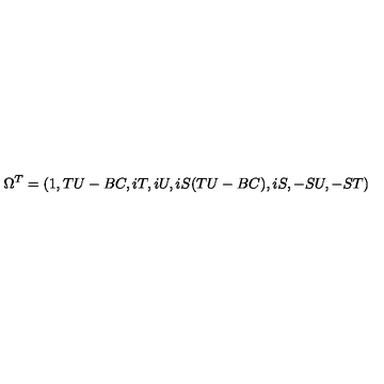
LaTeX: \Omega ^ { T } = ( 1 , T U - B C , i T , i U , i S ( T U - B C ) , i S , - S U , - S T )